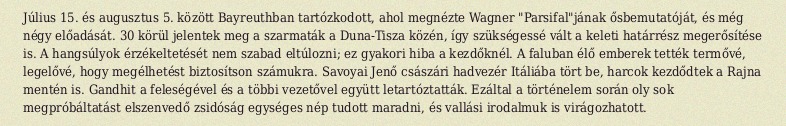
Július 15. és augusztus 5. között Bayreuthban tartózkodott, ahol megnézte Wagner "Parsifal"jának ősbemutatóját, és még négy előadását. 30 körül jelentek meg a szarmaták a Duna-Tisza közén, így szükségessé vált a keleti határrész megerősítése is. A hangsúlyok érzékeltetését nem szabad eltúlozni; ez gyakori hiba a kezdőknél. A faluban élő emberek tették termővé, legelővé, hogy megélhetést biztosítson számukra. Savoyai Jenő császári hadvezér Itáliába tört be, harcok kezdődtek a Rajna mentén is. Gandhit a feleségével és a többi vezetővel együtt letartóztatták. Ezáltal a történelem során oly sok megpróbáltatást elszenvedő zsidóság egységes nép tudott maradni, és vallási irodalmuk is virágozhatott.